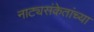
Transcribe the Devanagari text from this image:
नाट्यसंकेतांच्या